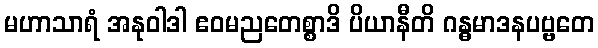
မဟာသာရံ အနုဝါဒါ ဧဝမညတေစ္စာဒိ ပိယာနီတိ ဂန္ဓမာဒနပဗ္ဗတေ